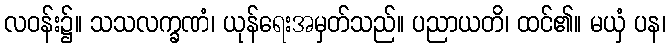
လဝန်း၌။ သသလက္ခဏံ၊ ယုန်ရေးအမှတ်သည်။ ပညာယတိ၊ ထင်၏။ မယှံ ပန၊